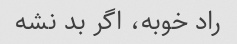
راد خوبه، اگر بد نشه